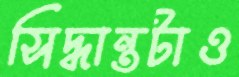
সিদ্ধান্তটাও